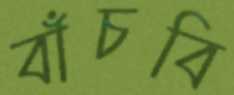
বাঁচবি